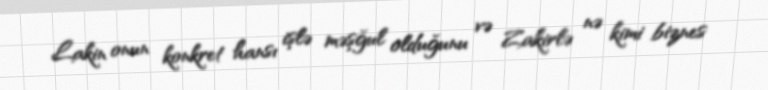
Lakin onun konkret hansı işlə məşğul olduğunu və Zakirlə nə kimi biznes